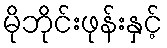
မိုဘိုင်းဖုန်းနှင့်